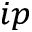
_ { i p }